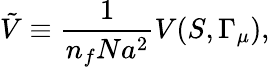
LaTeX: \tilde{V}\equiv{\frac{1}{n_{f}Na^{2}}}V(S,\Gamma_{\mu}),